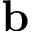
\mathbf { b }